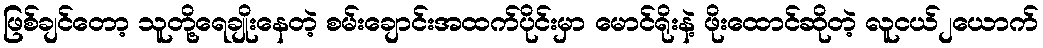
ဖြစ်ချင်တော့ သူတို့ရေချိုးနေတဲ့ စမ်းချောင်းအထက်ပိုင်းမှာ မောင်ရိုးနဲ့ ဖိုးထောင်ဆိုတဲ့ လူငယ်၂ယောက်